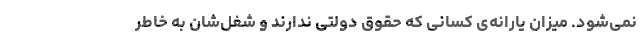
نمی‌شود. میزان یارانه‌ی کسانی که حقوق دولتی ندارند و شغل‌شان به خاطر